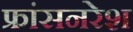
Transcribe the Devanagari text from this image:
फ्रांसनरेश